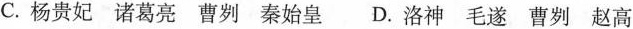
C.杨贵妃 诸葛亮 曹刿 秦始皇 D.洛神 毛遂 曹刿 赵高